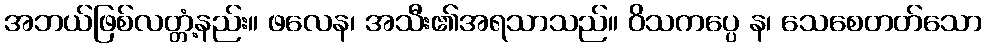
အဘယ်ဖြစ်လတ္တံ့နည်း။ ဖလေန၊ အသီး၏အရသာသည်။ ဝိသကပ္ပေ န၊ သေစေတတ်သော